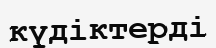
күдіктерді